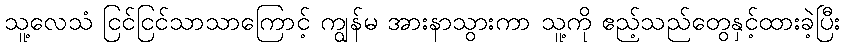
သူ့လေသံ ငြင်ငြင်သာသာကြောင့် ကျွန်မ အားနာသွားကာ သူ့ကို ဧည့်သည်တွေနှင့်ထားခဲ့ပြီး